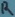
Text: R